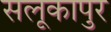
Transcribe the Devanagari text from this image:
सलूकापुर